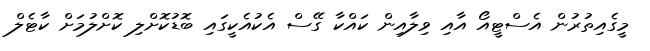
މީގެއިތުރުން އެސްޓީއޯ އާއި ވިލާއިން ކައްކާ ގޭސް އެކުއެކީގައި ބޮޑުކޮށްލި ކޮށްލުމަށް ކާޓެލް